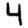
Digit: 4